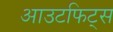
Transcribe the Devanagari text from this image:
आउटफिट्स